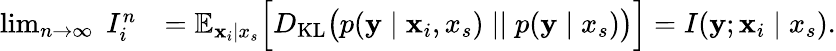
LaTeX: \begin{array}{rl}{\operatorname*{lim}_{n\to\infty}\; I_{i}^{n}}&{=\mathbb{E}_{{\mathbf{x}}_{i}\mid x_{s}}\Big[D_{\mathrm{KL}}\big(p({\mathbf{y}}\mid{\mathbf{x}}_{i},x_{s})\mid\mid p({\mathbf{y}}\mid x_{s})\big)\Big]=I({\mathbf{y}};{\mathbf{x}}_{i}\mid x_{s}).}\end{array}